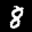
Label: 8